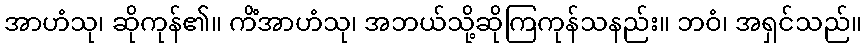
အာဟံသု၊ ဆိုကုန်၏။ ကိံအာဟံသု၊ အဘယ်သို့ဆိုကြကုန်သနည်း။ ဘဝံ၊ အရှင်သည်။